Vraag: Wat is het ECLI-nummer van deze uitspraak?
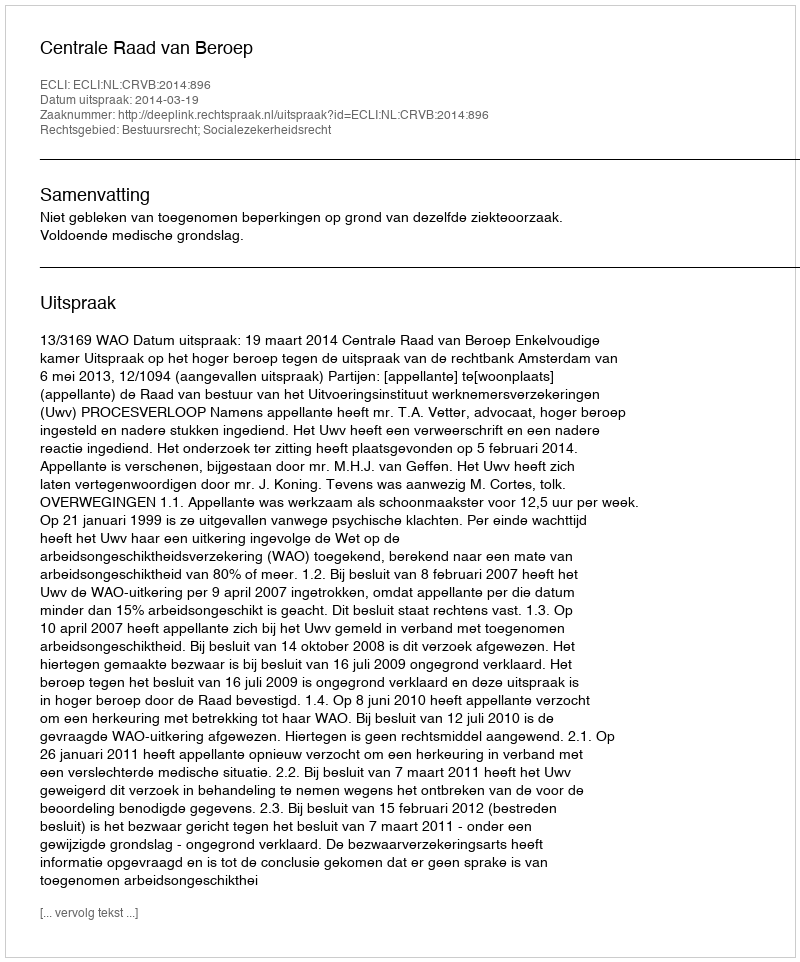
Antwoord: ECLI:NL:CRVB:2014:896